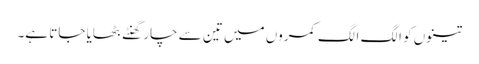
تینوں کو الگ الگ کمروں میں تین سے چار گھنٹے بٹھایا جاتا ہے۔